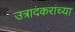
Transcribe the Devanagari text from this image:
उत्रादकरांच्या